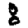
Digit: 8